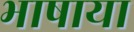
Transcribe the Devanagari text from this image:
भाषाया